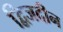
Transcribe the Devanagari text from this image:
द्विजदीन